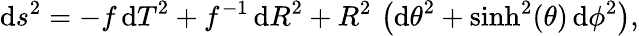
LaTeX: \mathrm{d}s^{2}={\displaystyle-f\, {\mathit{\mathrm{d}}T}^{2}+f^{-1}\, {\mathit{\mathrm{d}}R}^{2}+R^{2}\, \left({\mathit{\mathrm{d}}\theta}^{2}+\sinh^{2}(\theta)\, {\mathit{\mathrm{d}}\phi}^{2}\right)},